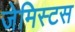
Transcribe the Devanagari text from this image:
जेमिस्टस